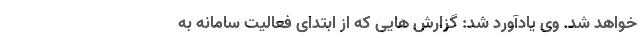
خواهد شد. وی یادآورد شد: گزارش هایی که از ابتدای فعالیت سامانه به